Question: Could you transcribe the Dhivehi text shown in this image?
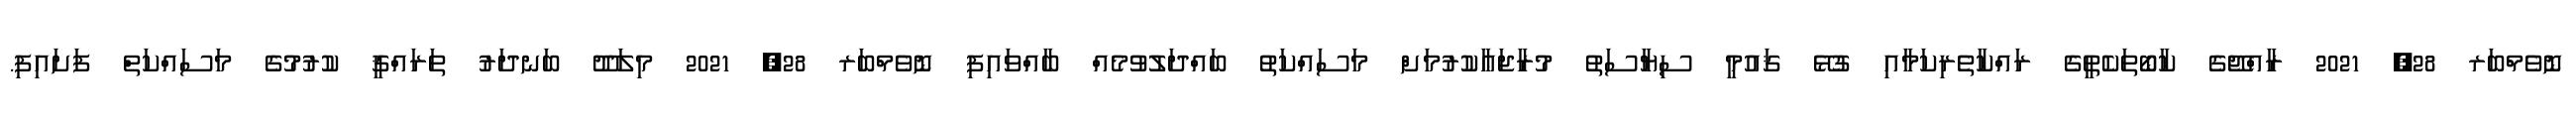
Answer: ނޮވެމްބަރ 28, 2021 ރާއްޖޭގެ ކާބޯތަކެތީގެ ރައްކާތެރިކަމާއި ގުޅޭ ޤައުމީ ސިޔާސަތު މުރާޖަޢާކުރުމަށް މަސައްކަތު ބައްދަލުވުމެއް ބާއްވައިފި ނޮވެމްބަރ 28, 2021 މިލަދޫ ބަނދަރު ތަރައްޤީ ކުރުމުގެ މަސައްކަތް ފަށައިފި.